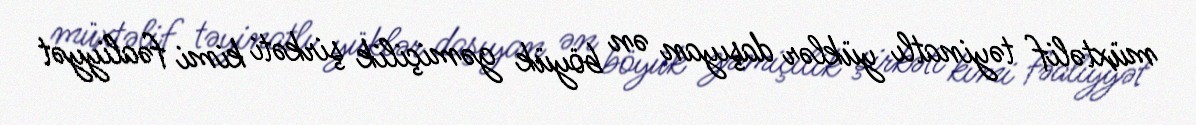
müxtəlif təyinatlı yüklər daşıyan ən böyük gəmiçilik şirkəti kimi fəaliyyət